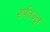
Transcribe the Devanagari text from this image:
सर्पतज्ज्ञ